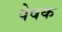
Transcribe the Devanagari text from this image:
पेषक